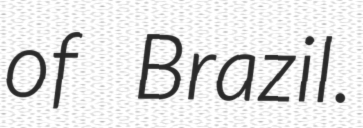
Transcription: of Brazil.